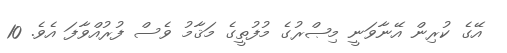
އޭގެ ކުރިން އޭނާވަނީ މިޞްރުގެ މުފުތީގެ މަޤާމު ވެސް ފުރުއްވާފަ އެވެ. 10